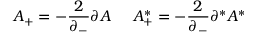
{ \cal A } _ { + } = - \frac { 2 } { \partial _ { - } } \partial { \cal A } \; \; \; \; \; { \cal A } _ { + } ^ { * } = - \frac { 2 } { \partial _ { - } } \partial ^ { * } { \cal A } ^ { * }